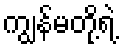
ကျွန်မတို့ရဲ့